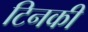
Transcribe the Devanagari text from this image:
टिनकी